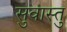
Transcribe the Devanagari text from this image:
सुवास्तु